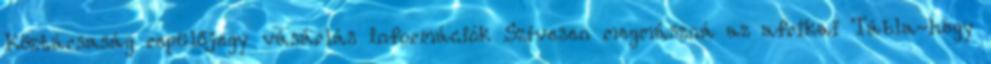
Köztársaság repülőjegy vásárlás információk Szívesen megmászná az afrikai Tábla-hegy